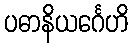
ပဓာနိယင်္ဂေဟိ